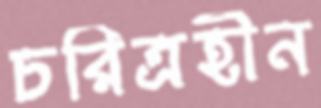
চরিত্রহীন